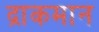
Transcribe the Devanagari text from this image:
द्राकमान